Annual administration report of the Civil Veterinary Department, Ajmere-Merwara, British Rajputana - 1914-1940
Year: 1914
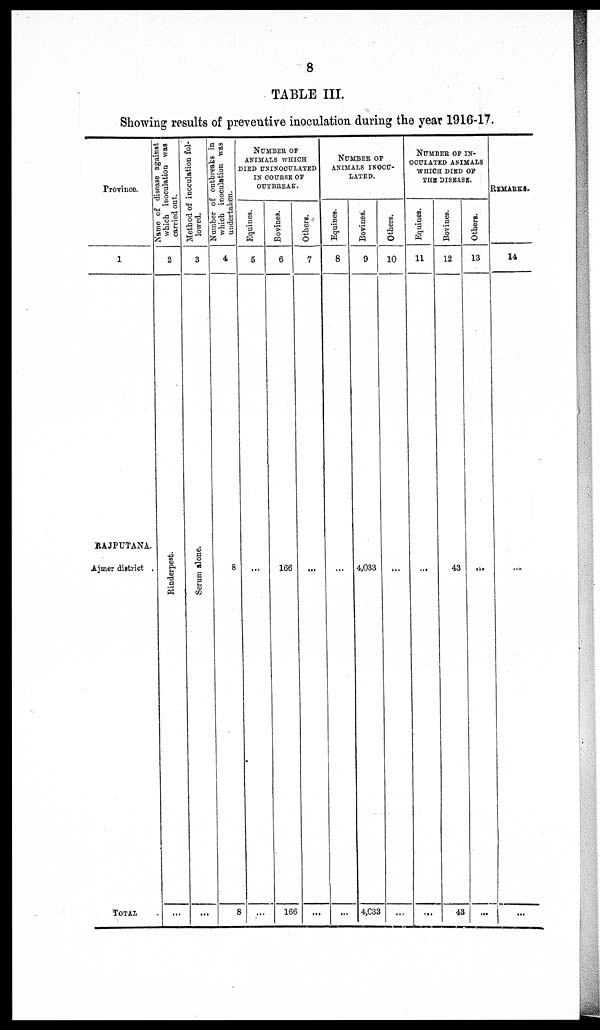
8
TABLE III.
Showing results of preventive inoculation during the year 1916-17.
Province.
1
RAJPUTANA.
Ajmer district .
TOTAL .
Name of disease against
which inoculation was
carried out.
2
Rinderpest.
...
Method of inoculation fol-
lowed.
3
Se r
um a l
one .
...
Number of outbreaks in
which inoculation was
undertaken.
4
8
8
NUMBER OF
ANIMALS WHICH
DIED
UNINOCULATED
IN COURSE OF
OUTBREAK.
Equines.
5
...
...
Bovines.
6
166
166
Others.
7
...
...
NUMBER OF
ANIMALS INOCU-
LATED.
Equines.
8
...
...
Bovines.
9
4,033
4,033
Others.
10
...
...
NUMBER OF IN-
OCULATED ANIMALS
WHICH DIED OF
THE DISEASE.
Equines.
11
...
...
Bovines.
12
43
43
Others.
13
...
...
REMARKS.
14
...
...